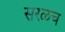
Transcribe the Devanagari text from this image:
सरळच